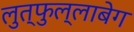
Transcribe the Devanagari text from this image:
लुत्फुल्लाबेग